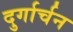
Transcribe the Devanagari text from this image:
दुर्गार्चन